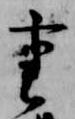
重